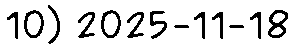
10) 2025-11-18